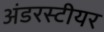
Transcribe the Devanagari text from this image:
अंडरस्टीयर